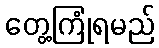
တွေ့ကြုံရမည်